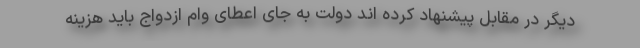
دیگر در مقابل پیشنهاد کرده اند دولت به جای اعطای وام ازدواج باید هزینه